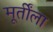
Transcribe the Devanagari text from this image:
मूर्तींला